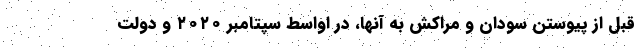
قبل از پیوستن سودان و مراکش به آنها، در اواسط سپتامبر ۲۰۲۰ و دولت